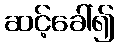
ဆင့်ခေါ်၍